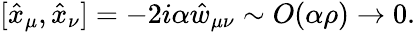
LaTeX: [\hat{x}_{\mu},\hat{x}_{\nu}]=-2i\alpha\hat{w}_{\mu\nu}\sim O(\alpha\rho)\rightarrow 0.